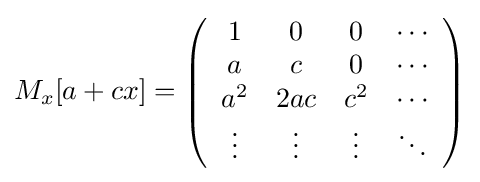
M_{x}[a+cx]=\left({\begin{array}{cccc}1&0&0&\cdots \\a&c&0&\cdots \\a^{2}&2ac&c^{2}&\cdots \\\vdots &\vdots &\vdots &\ddots \end{array}}\right)